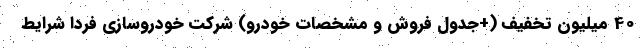
40 میلیون تخفیف (+جدول فروش و مشخصات خودرو) شرکت خودروسازی فردا شرایط